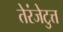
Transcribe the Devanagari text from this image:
तेरंजेटुत्त